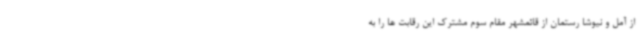
از آمل و نیوشا رستمان از قائمشهر مقام سوم مشترک این رقابت ها را به